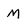
Character: M